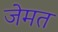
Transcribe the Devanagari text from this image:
जेमत